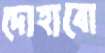
দোহাবো